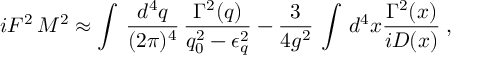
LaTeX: i F ^ { 2 } \, M ^ { 2 } \approx \int \, \frac { d ^ { 4 } q } { ( 2 \pi ) ^ { 4 } } \, \frac { \Gamma ^ { 2 } ( q ) } { q _ { 0 } ^ { 2 } - \epsilon _ { q } ^ { 2 } } - \frac { 3 } { 4 g ^ { 2 } } \, \int \, d ^ { 4 } x \frac { \Gamma ^ { 2 } ( x ) } { i { \cal D } ( x ) } \; ,